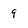
Character: 9